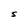
Character: S